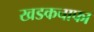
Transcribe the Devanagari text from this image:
खडकचाफा